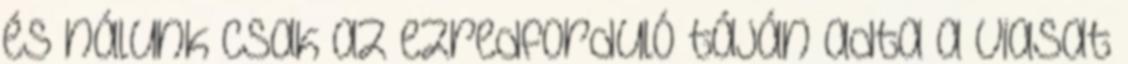
és nálunk csak az ezredforduló táján adta a Viasat